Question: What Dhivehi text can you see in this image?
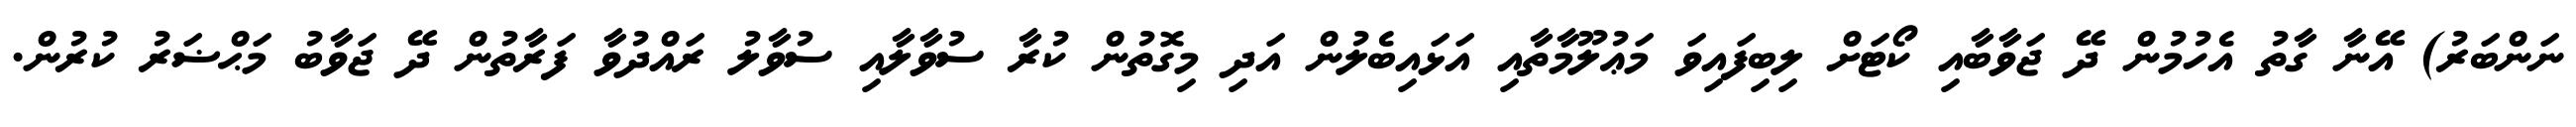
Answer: ނަންބަރު) އޭނާ ގާތު އެހުމުން ދޭ ޖަވާބާއި ކޯޓަށް ލިބިފައިވަ މަޢުލޫމާތާއި އަޅައިބެލުން އަދި މިގޮތުން ކުރާ ސުވާލާއި ސުވާލު ރައްދުވާ ފަރާތުން ދޭ ޖަވާބު މަޙްޟަރު ކުރުން.